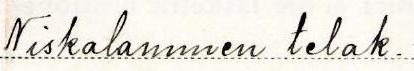
Niskalammen telak.